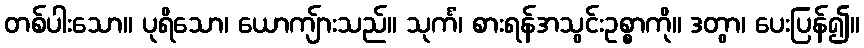
တစ်ပါးသော။ ပုရိသော၊ ယောကျ်ားသည်။ သုင်္ကံ၊ စားရန်အသွင်းဥစ္စာကို။ ဒတွာ၊ ပေးပြန်၍။